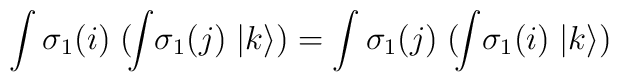
\int \sigma_1 (i) \; (\!\int \! \sigma_1 (j) \; |k\rangle) =\int \sigma_1 (j) \; (\!\int \! \sigma_1 (i) \; |k\rangle)